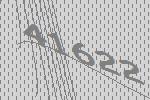
41622